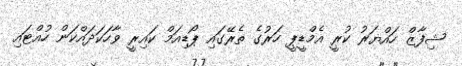
ޝިފާޒް ހައްޔަރު ކުރީ އެމްޑީޕީ ހަރުގެ ތެރޭގައި ޕޯޑިއަމް ކައިރީ ވާހަކަދައްކަން ހުއްޓައި